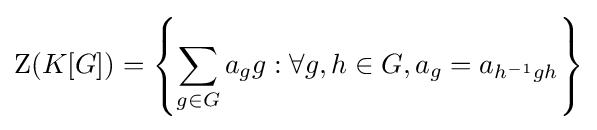
\mathrm {Z} (K[G])=\left\{\sum _{g\in G}a_{g}g:\forall g,h\in G,a_{g}=a_{h^{-1}gh}\right\}